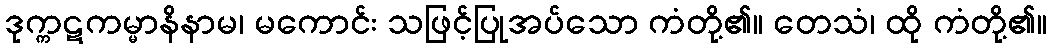
ဒုက္ကဋကမ္မာနိနာမ၊ မကောင်း သဖြင့်ပြုအပ်သော ကံတို့၏။ တေသံ၊ ထို ကံတို့၏။